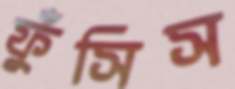
ফুঁসিস